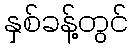
နှစ်ခန့်တွင်